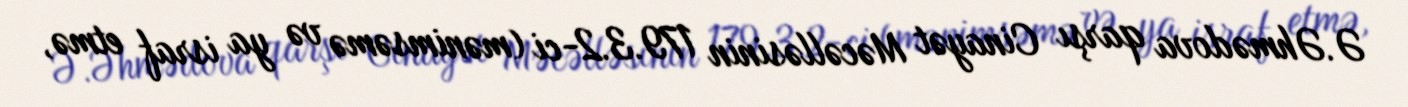
Ə.Əhmədova qarşı Cinayət Məcəlləsinin 179.3.2-ci (mənimsəmə və ya israf etmə,